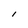
Character: 1